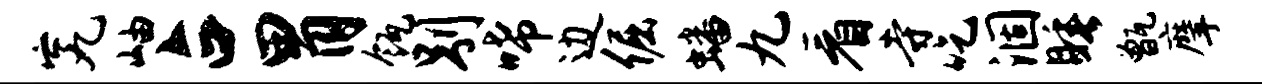
究岫占胃瓴别唏边倔蟠九看寺吃涸睡甑摩